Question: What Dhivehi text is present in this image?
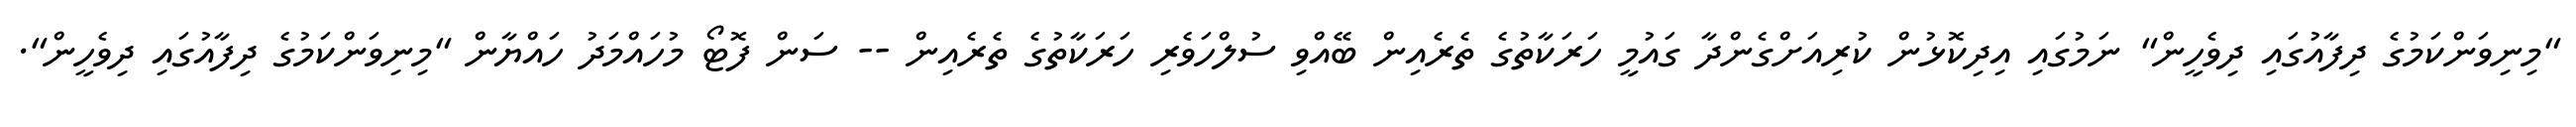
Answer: "މިނިވަންކަމުގެ ދިފާއުގައި ދިވެހީން" ނަމުގައި އިދިކޮޅުން ކުރިއަށްގެންދާ ގައުމީ ހަރަކާތުގެ ތެރެއިން ބޭއްވި ސުލްހަވެރި ހަރަކާތުގެ ތެރެއިން -- ސަން ފޮޓޯ މުހައްމަދު ހައްޔާން "މިނިވަންކަމުގެ ދިފާއުގައި ދިވެހީން".